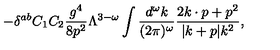
- \delta ^ { a b } C _ { 1 } C _ { 2 } { \frac { g ^ { 4 } } { 8 p ^ { 2 } } } \Lambda ^ { 3 - \omega } \int { \frac { d ^ { \omega } k } { ( 2 \pi ) ^ { \omega } } } { \frac { 2 k \cdot p + p ^ { 2 } } { | k + p | k ^ { 2 } } } ,